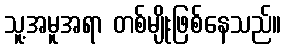
သူ့အမူအရာ တစ်မျိုးဖြစ်နေသည်။